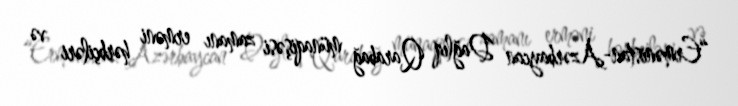
“Ermənistan-Azərbaycan Dağlıq Qarabağ münaqişəsi zamanı erməni hərbçiləri və